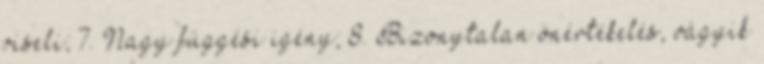
viseli; 7. Nagy függési igény; 8. Bizonytalan önértékelés, vágyik